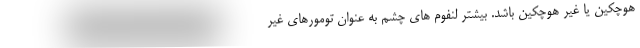
هوچکین یا غیر هوچکین باشد. بیشتر لنفوم های چشم به عنوان تومورهای غیر